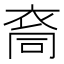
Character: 𮕺